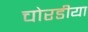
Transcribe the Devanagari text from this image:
चोरडीया